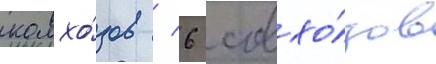
колхо́зов / 6 совхо́зов